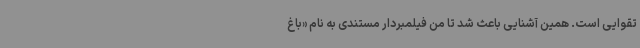
تقوایی است. همین آشنایی باعث شد تا من فیلمبردار مستندی به نام «باغ